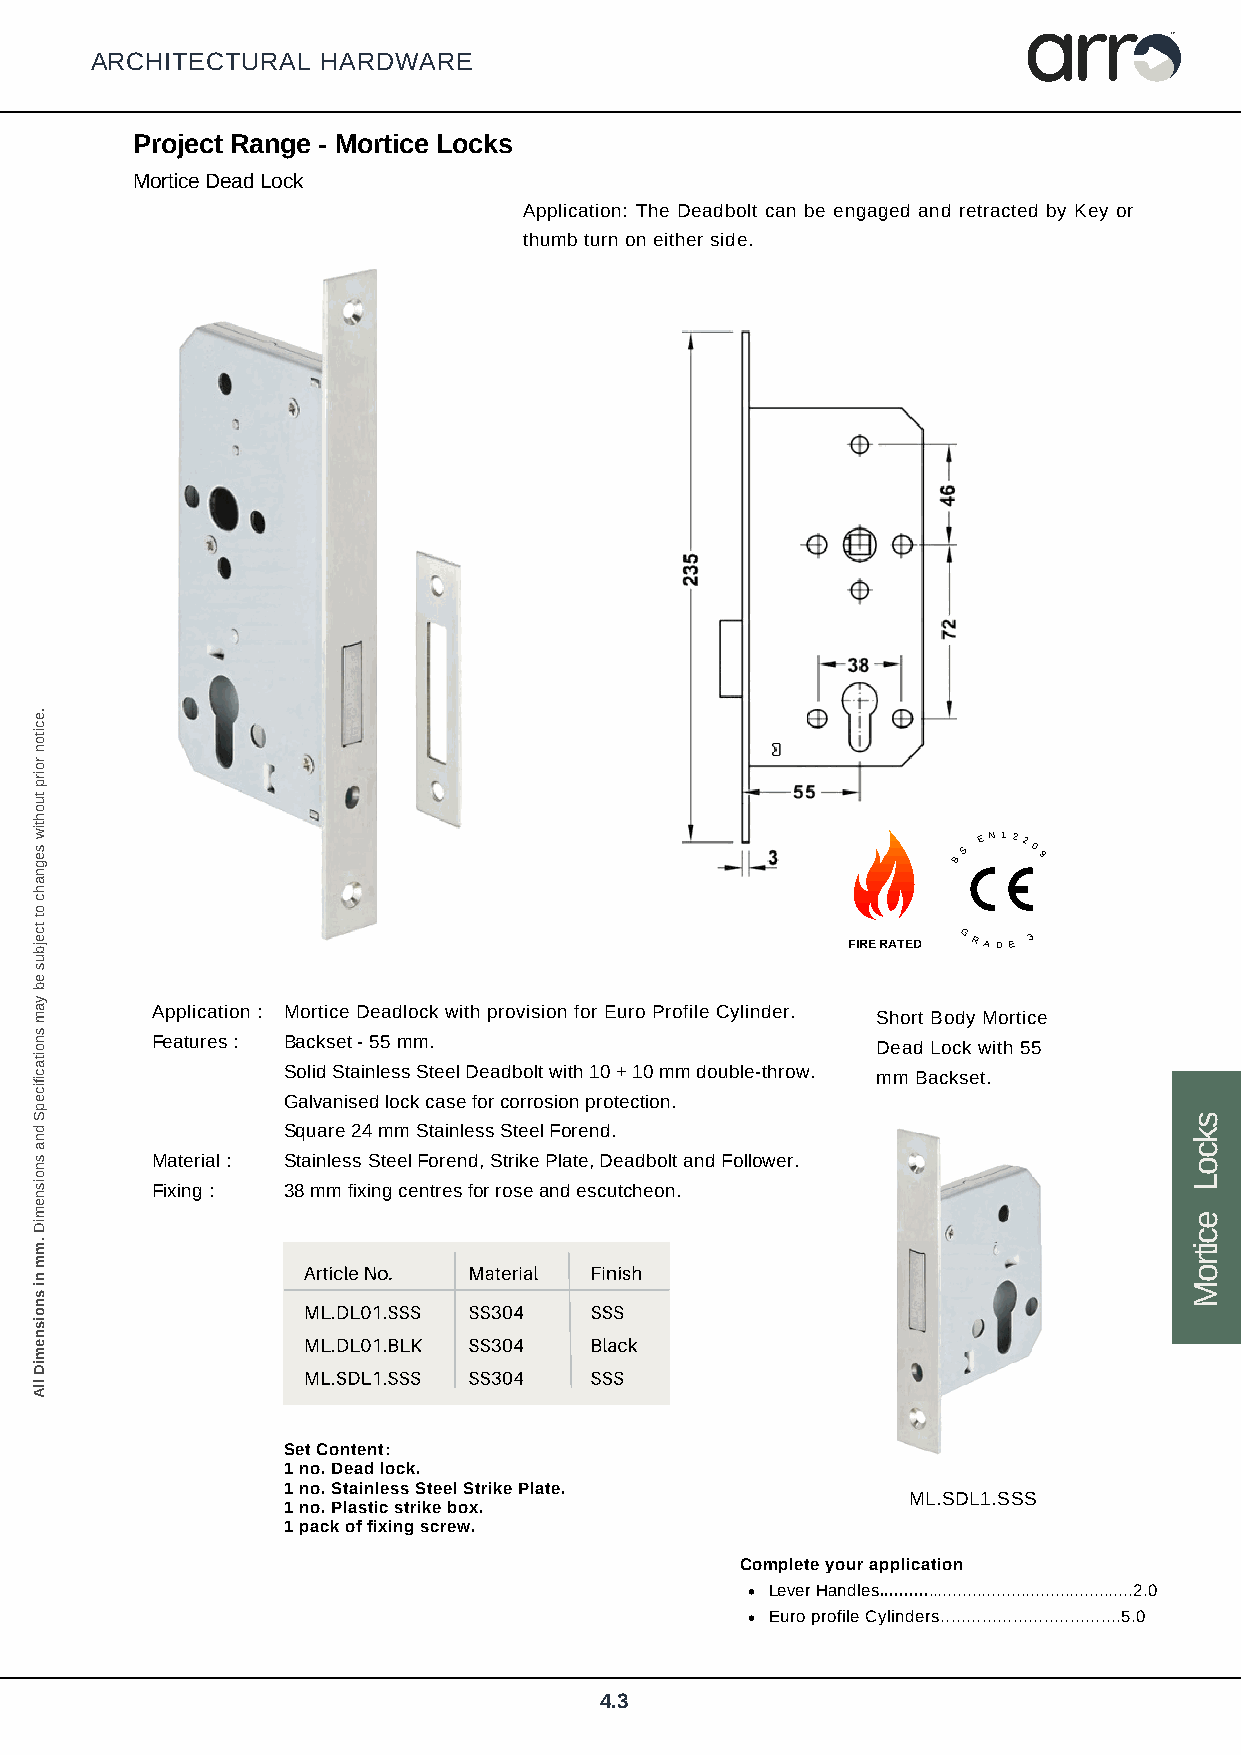
arr
 TM
 ARCHITECTURAL  HARDWARE
 Project Range - Mortice Locks
 Mortice Dead Lock
 Application: The Deadbolt can be engaged and retracted by Key or
 thumb turn on either side.
 E N 122
 S   0
 B     9
 FIRE R ATED
 GRAD
 E
 3
 Application : Mortice Deadlock with provision for Euro Profile Cylinder. Short Body Mortice
 Features : Backset - 55 mm.                     Dead Lock with 55
 Solid Stainless Steel Deadbolt with 10 + 10 mm double-throw. mm Backset.
 Galvanised lock case for corrosion protection.
 Square 24 mm Stainless Steel Forend.
 Material : Stainless Steel Forend, Strike Plate, Deadbolt and Follower.
 Fixing : 38 mm fixing centres for rose and escutcheon.
 Article No. Material Finish
 ML.DL01.SSS SS304  SSS
 ML.DL01.BLK SS304  Black
 ML.SDL1.SSS SS304  SSS
 Set Content:
 1 no. Dead lock.
 1 no. Stainless Steel Strike Plate.
 ML.SDL1.SSS
 1 no. Plastic strike box.
 1 pack of fixing screw.
 Complete your application
 Lever Handles....................................................2.0
 Euro profile Cylinders...................................5.0
 4.3
 .eciton
 roirp
 tuohtiw
 segnahc
 ot
 tcejbus
 eb
 yam
 snoitacificepS
 dna
 snoisnemiD
 .mm
 ni
 snoisnemiD
 llA
 skcoL
 ecitroM